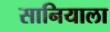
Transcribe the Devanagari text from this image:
सानियाला